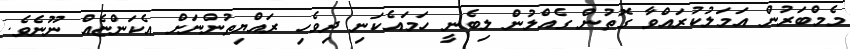
މެމްބަރުން އަމަލުކުރައްވާ ގޮތުން ގެއްލުން ލިބެނީ ހަމައެކަނި ދިވެހި ރައްޔިތުންނަށް އެކަންޏެއް ނޫނެވެ.